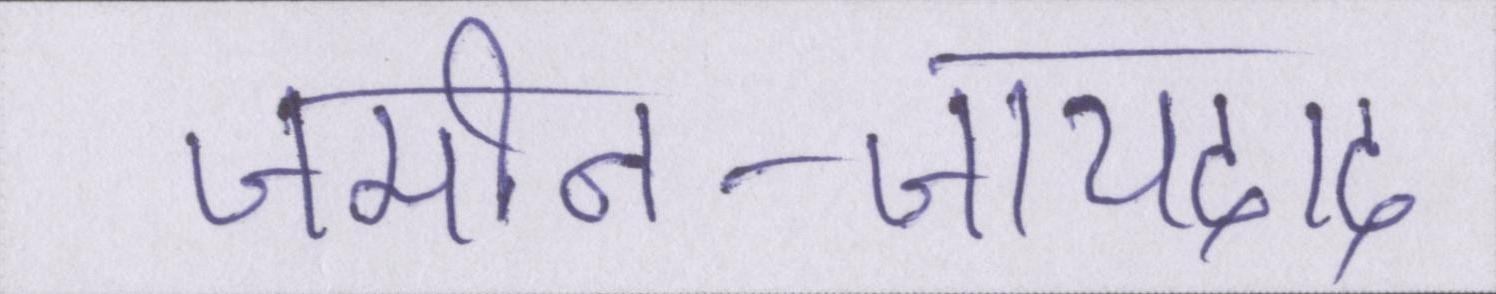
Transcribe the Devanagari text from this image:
जमीन-जायदाद